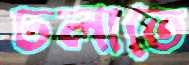
ঢলাতে